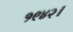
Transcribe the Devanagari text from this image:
१९४२।